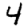
Digit: 4